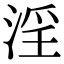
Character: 淫